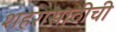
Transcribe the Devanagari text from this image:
शहरासाठीची